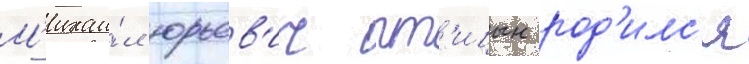
М'ихаи́л юрьев'ич пт'ицын род'илс'я